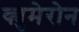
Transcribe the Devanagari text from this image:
क्युमेरोन